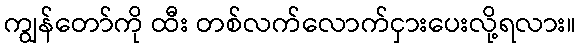
ကျွန်တော်ကို ထီး တစ်လက်လောက်ငှားပေးလို့ရလား။